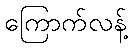
ကြောက်လန့်